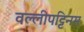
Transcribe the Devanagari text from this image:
वल्लीपट्टिनम